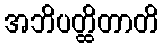
အဘိပတ္ထိတာတိ